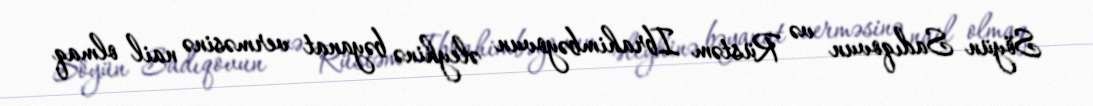
Söyün Sadıqovun və Rüstəm Ibrahimbəyovun əleyhinə bəyanat verməsinə nail olmaq